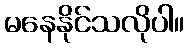
မနေနိုင်သလိုပါ။